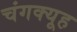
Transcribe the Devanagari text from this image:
चंगक्यूह